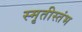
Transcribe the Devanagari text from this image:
स्मृतीस्तंभ